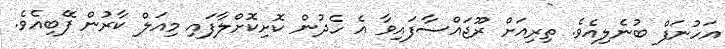
އަހުނަފް ބުނެލިއެވެ. ތިރިއަށް ރޫޖައްސާފައިވާ އެ ހެދުން ކޮށިކޮށްލާފައި މިއަލް ކާރުން ފޭބިއެވެ.